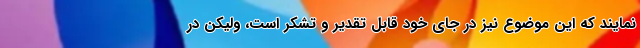
نمایند که این موضوع نیز در جای خود قابل تقدیر و تشکر است، ولیکن در